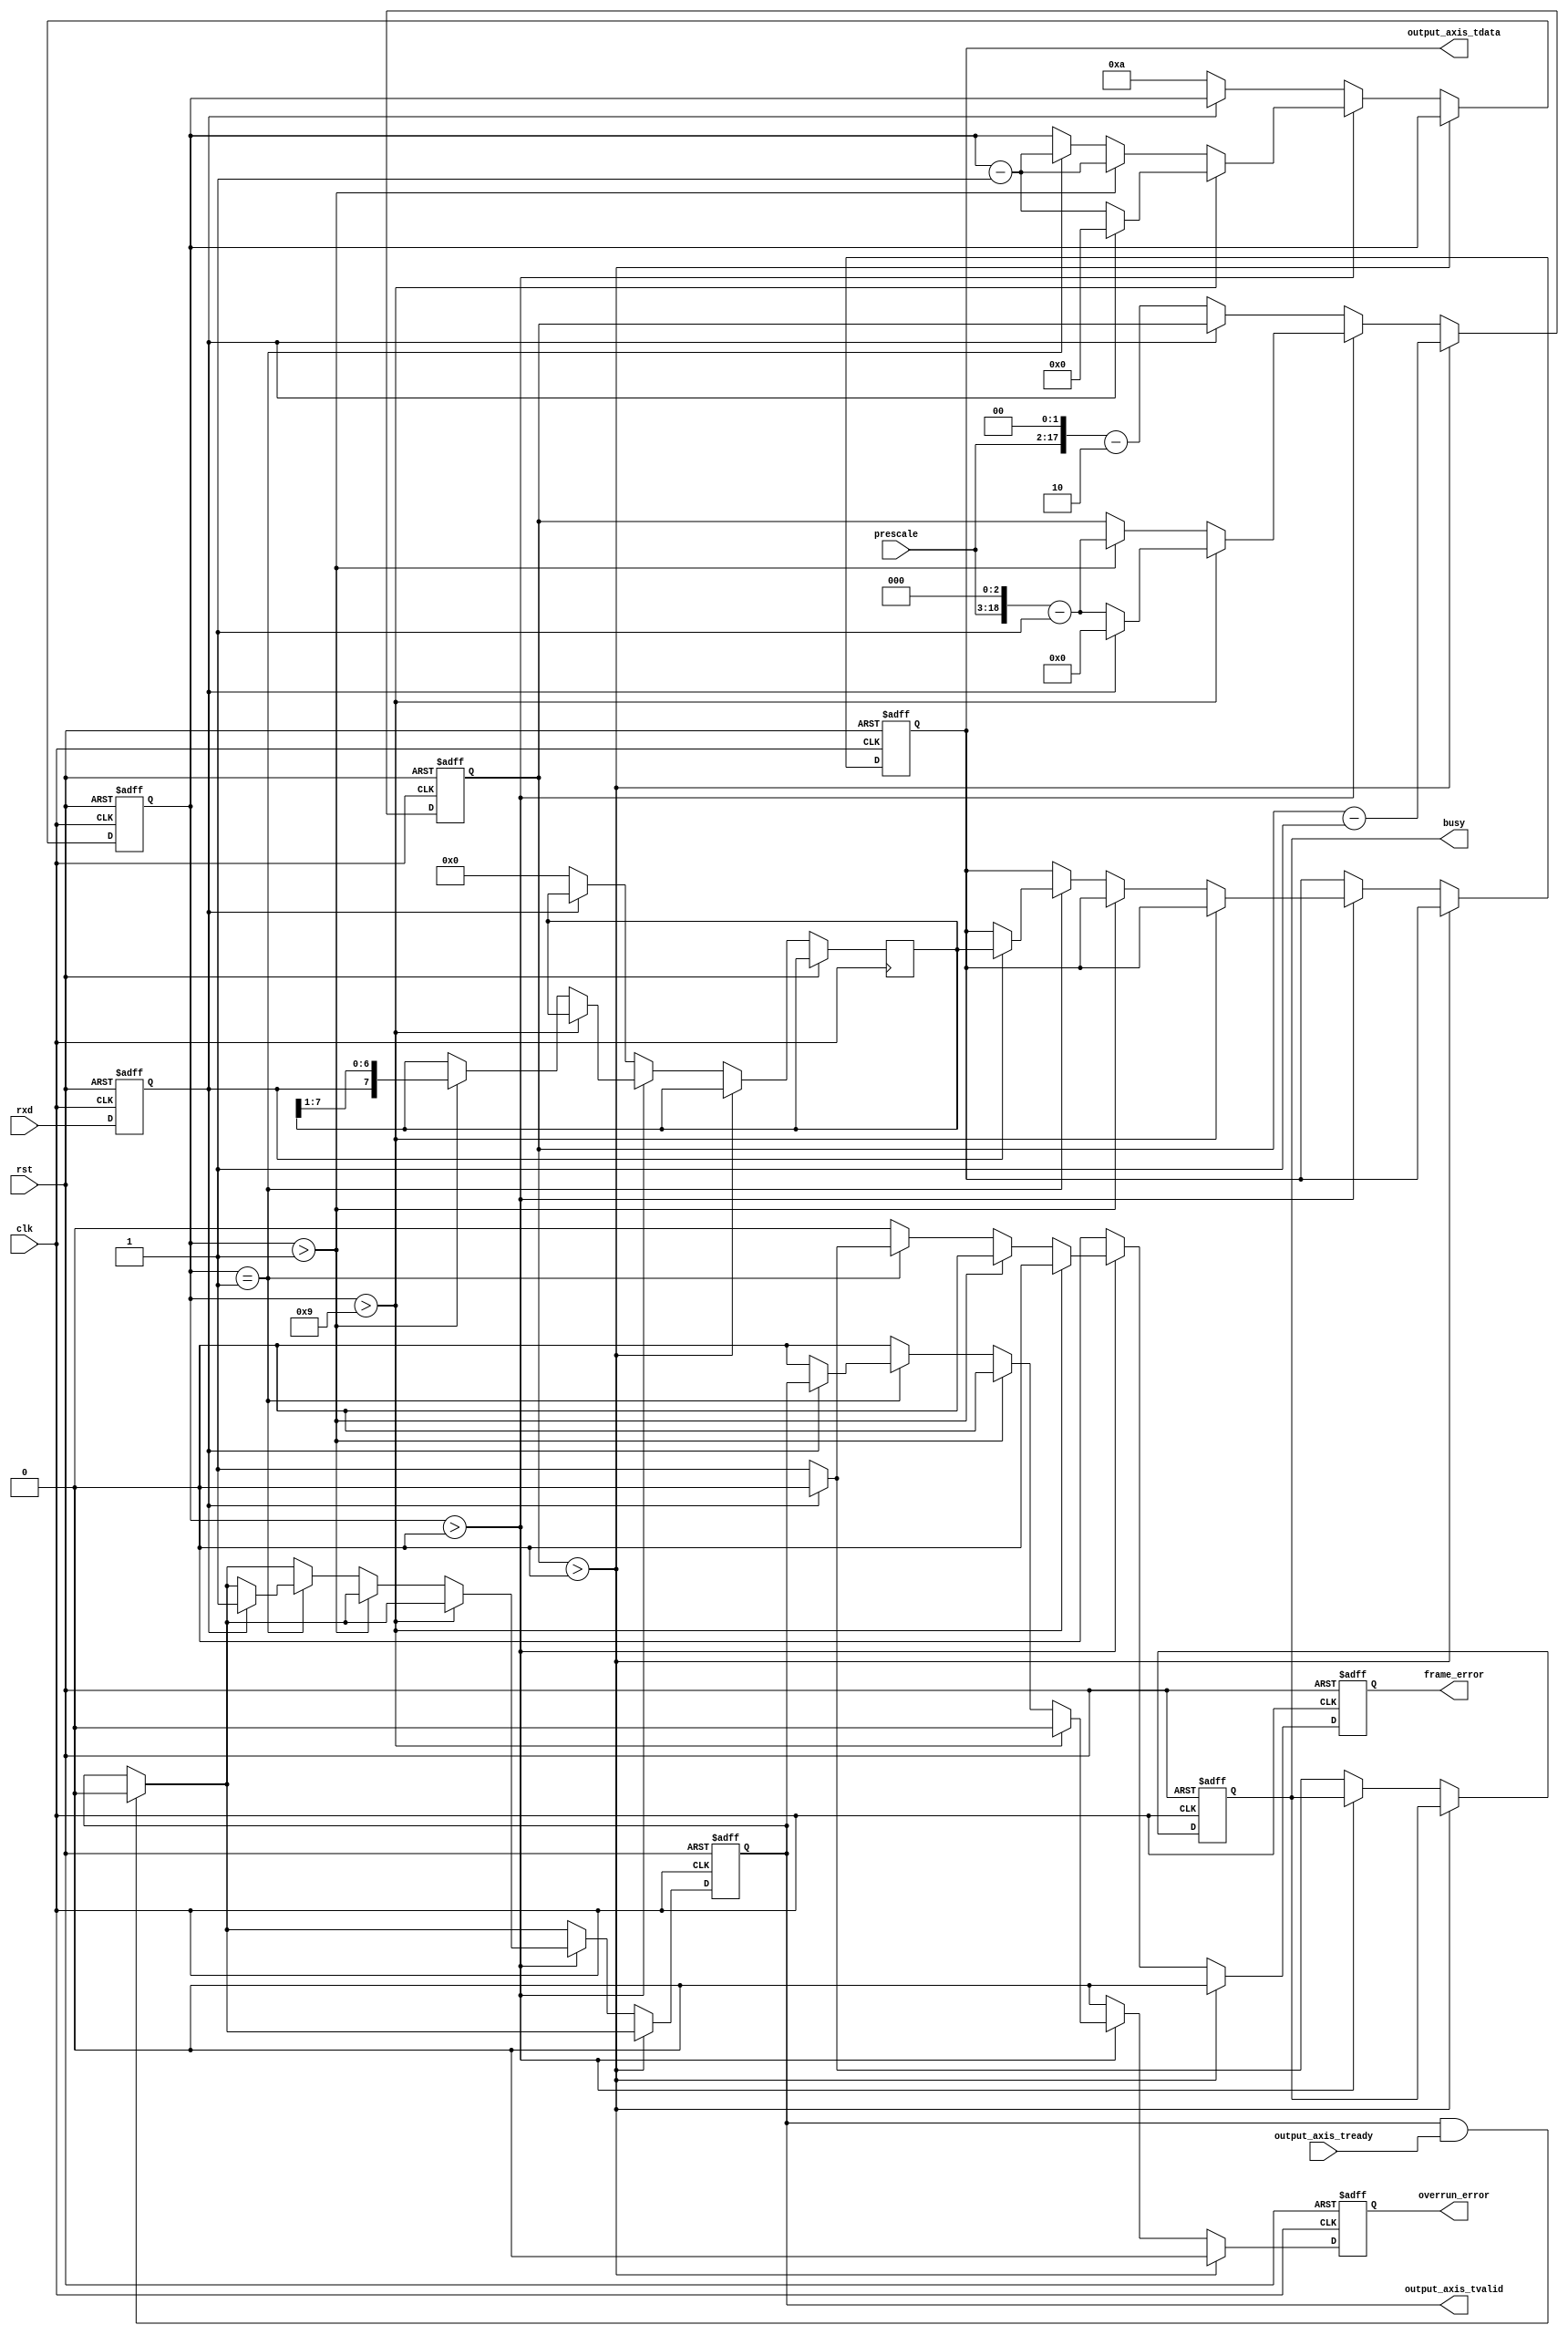
/*
Copyright (c) 2014 Alex Forencich
Permission is hereby granted, free of charge, to any person obtaining a copy
of this software and associated documentation files (the "Software"), to deal
in the Software without restriction, including without limitation the rights
to use, copy, modify, merge, publish, distribute, sublicense, and/or sell
copies of the Software, and to permit persons to whom the Software is
furnished to do so, subject to the following conditions:
The above copyright notice and this permission notice shall be included in
all copies or substantial portions of the Software.
THE SOFTWARE IS PROVIDED "AS IS", WITHOUT WARRANTY OF ANY KIND, EXPRESS OR
IMPLIED, INCLUDING BUT NOT LIMITED TO THE WARRANTIES OF MERCHANTABILITY
FITNESS FOR A PARTICULAR PURPOSE AND NONINFRINGEMENT. IN NO EVENT SHALL THE
AUTHORS OR COPYRIGHT HOLDERS BE LIABLE FOR ANY CLAIM, DAMAGES OR OTHER
LIABILITY, WHETHER IN AN ACTION OF CONTRACT, TORT OR OTHERWISE, ARISING FROM,
OUT OF OR IN CONNECTION WITH THE SOFTWARE OR THE USE OR OTHER DEALINGS IN
THE SOFTWARE.
*/

// Language: Verilog 2001

`timescale 1ns / 1ps

/*
 * AXI4-Stream UART
 */
module uart_rx #
(
    parameter DATA_WIDTH = 8
)
(
    input  wire                   clk,
    input  wire                   rst,

    /*
     * AXI output
     */
    output wire [DATA_WIDTH-1:0]  output_axis_tdata,
    output wire                   output_axis_tvalid,
    input  wire                   output_axis_tready,

    /*
     * UART interface
     */
    input  wire                   rxd,

    /*
     * Status
     */
    output wire                   busy,
    output wire                   overrun_error,
    output wire                   frame_error,

    /*
     * Configuration
     */
    input  wire [15:0]            prescale

);

reg [DATA_WIDTH-1:0] output_axis_tdata_reg = 0;
reg output_axis_tvalid_reg = 0;

reg rxd_reg = 1;

reg busy_reg = 0;
reg overrun_error_reg = 0;
reg frame_error_reg = 0;

reg [DATA_WIDTH-1:0] data_reg = 0;
reg [18:0] prescale_reg = 0;
reg [3:0] bit_cnt = 0;

assign output_axis_tdata = output_axis_tdata_reg;
assign output_axis_tvalid = output_axis_tvalid_reg;

assign busy = busy_reg;
assign overrun_error = overrun_error_reg;
assign frame_error = frame_error_reg;

always @(posedge clk or posedge rst) begin
    if (rst) begin
        output_axis_tdata_reg <= 0;
        output_axis_tvalid_reg <= 0;
        rxd_reg <= 1;
        prescale_reg <= 0;
        bit_cnt <= 0;
        busy_reg <= 0;
        overrun_error_reg <= 0;
        frame_error_reg <= 0;
    end else begin
        rxd_reg <= rxd;
        overrun_error_reg <= 0;
        frame_error_reg <= 0;

        if (output_axis_tvalid & output_axis_tready) begin
            output_axis_tvalid_reg <= 0;
        end

        if (prescale_reg > 0) begin
            prescale_reg <= prescale_reg - 1;
        end else if (bit_cnt > 0) begin
            if (bit_cnt > DATA_WIDTH+1) begin
                if (~rxd_reg) begin
                    bit_cnt <= bit_cnt - 1;
                    prescale_reg <= (prescale << 3)-1;
                end else begin
                    bit_cnt <= 0;
                    prescale_reg <= 0;
                end
            end else if (bit_cnt > 1) begin
                bit_cnt <= bit_cnt - 1;
                prescale_reg <= (prescale << 3)-1;
                data_reg <= {rxd_reg, data_reg[DATA_WIDTH-1:1]};
            end else if (bit_cnt == 1) begin
                bit_cnt <= bit_cnt - 1;
                if (rxd_reg) begin
                    output_axis_tdata_reg <= data_reg;
                    output_axis_tvalid_reg <= 1;
                    overrun_error_reg <= output_axis_tvalid_reg;
                end else begin
                    frame_error_reg <= 1;
                end
            end
        end else begin
            busy_reg <= 0;
            if (~rxd_reg) begin
                prescale_reg <= (prescale << 2)-2;
                bit_cnt <= DATA_WIDTH+2;
                data_reg <= 0;
                busy_reg <= 1;
            end
        end
    end
end

endmodule